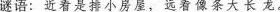
谜语： 近看是排小房屋，远看像条大长龙。